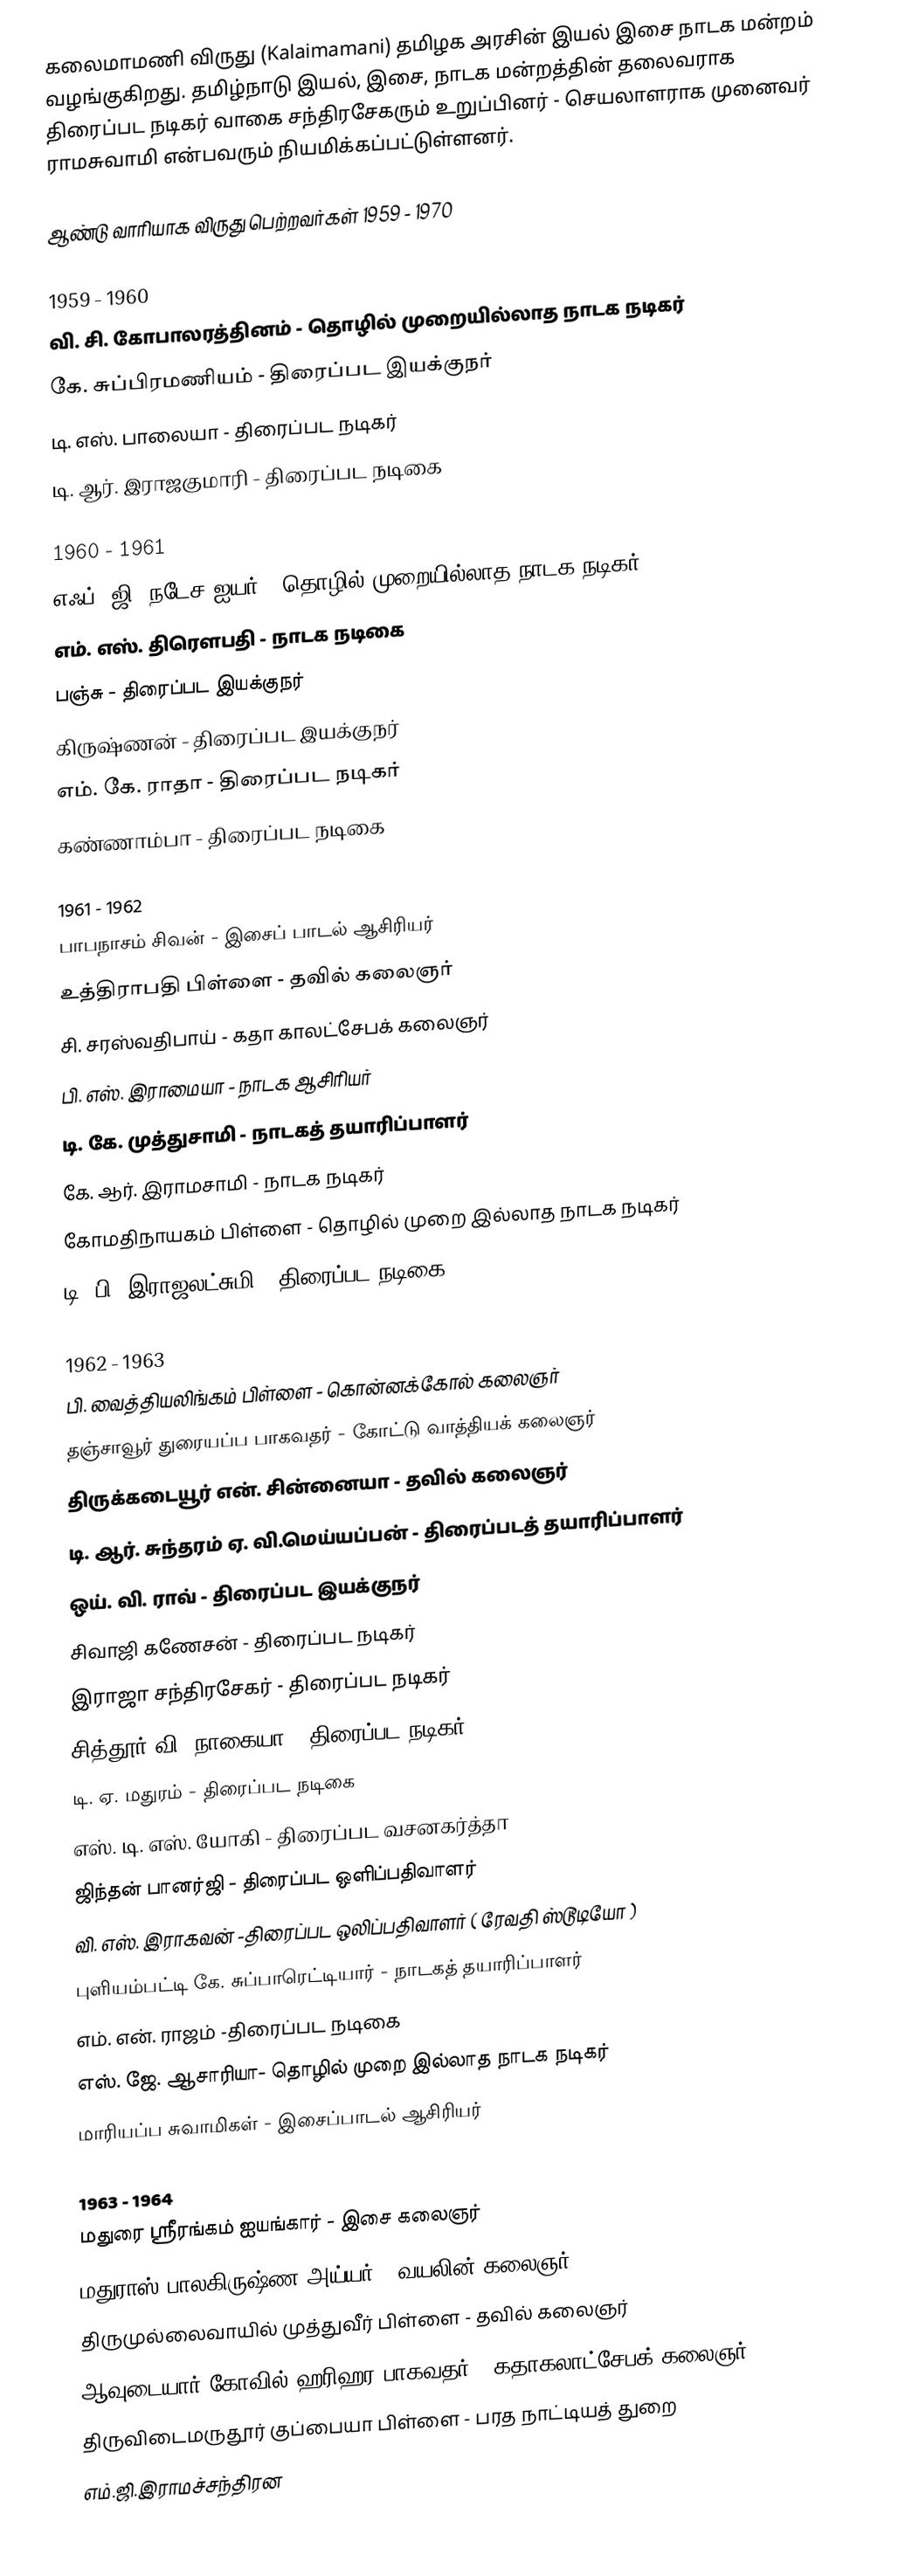
கலைமாமணி விருது (Kalaimamani) தமிழக அரசின் இயல் இசை நாடக மன்றம் வழங்குகிறது. தமிழ்நாடு இயல், இசை, நாடக மன்றத்தின் தலைவராக திரைப்பட நடிகர் வாகை சந்திரசேகரும்  உறுப்பினர் - செயலாளராக முனைவர் ராமசுவாமி என்பவரும் நியமிக்கப்பட்டுள்ளனர்.

ஆண்டு வாரியாக விருது பெற்றவர்கள் 1959 - 1970

1959 - 1960
வி. சி. கோபாலரத்தினம் - தொழில் முறையில்லாத நாடக நடிகர்
கே. சுப்பிரமணியம் - திரைப்பட இயக்குநர்
டி. எஸ். பாலையா - திரைப்பட நடிகர்
டி. ஆர். இராஜகுமாரி - திரைப்பட நடிகை

1960 - 1961
 எஃப். ஜி. நடேச ஐயர் - தொழில் முறையில்லாத நாடக நடிகர்
 எம். எஸ். திரௌபதி - நாடக நடிகை
 பஞ்சு - திரைப்பட இயக்குநர்
 கிருஷ்ணன் - திரைப்பட இயக்குநர்
 எம். கே. ராதா - திரைப்பட நடிகர்
 கண்ணாம்பா - திரைப்பட நடிகை

1961 - 1962
பாபநாசம் சிவன் - இசைப் பாடல் ஆசிரியர்
உத்திராபதி பிள்ளை - தவில் கலைஞர்
சி. சரஸ்வதிபாய் - கதா காலட்சேபக் கலைஞர்
பி. எஸ். இராமையா - நாடக ஆசிரியர்
டி. கே. முத்துசாமி - நாடகத் தயாரிப்பாளர்
கே. ஆர். இராமசாமி - நாடக நடிகர்
கோமதிநாயகம் பிள்ளை - தொழில் முறை இல்லாத நாடக நடிகர்
டி. பி. இராஜலட்சுமி - திரைப்பட நடிகை

1962 - 1963
பி. வைத்தியலிங்கம் பிள்ளை - கொன்னக்கோல் கலைஞர்
தஞ்சாவூர் துரையப்ப பாகவதர் - கோட்டு வாத்தியக் கலைஞர்
திருக்கடையூர் என். சின்னையா - தவில் கலைஞர்
டி. ஆர். சுந்தரம்  ஏ. வி.மெய்யப்பன் - திரைப்படத் தயாரிப்பாளர்
 ஒய். வி. ராவ் - திரைப்பட இயக்குநர்
 சிவாஜி கணேசன் - திரைப்பட நடிகர்
 இராஜா சந்திரசேகர் - திரைப்பட நடிகர்
 சித்தூர் வி. நாகையா - திரைப்பட நடிகர்
 டி. ஏ. மதுரம் - திரைப்பட நடிகை
 எஸ். டி. எஸ். யோகி - திரைப்பட வசனகர்த்தா
 ஜிந்தன் பானர்ஜி  - திரைப்பட ஒளிப்பதிவாளர்
 வி. எஸ். இராகவன் -திரைப்பட ஒலிப்பதிவாளர் ( ரேவதி ஸ்டூடியோ )
 புளியம்பட்டி கே. சுப்பாரெட்டியார் - நாடகத் தயாரிப்பாளர்
 எம். என். ராஜம் -திரைப்பட நடிகை
 எஸ். ஜே. ஆசாரியா- தொழில் முறை இல்லாத நாடக நடிகர்
 மாரியப்ப சுவாமிகள் - இசைப்பாடல் ஆசிரியர்

1963 - 1964
 மதுரை ஸ்ரீரங்கம் ஐயங்கார் - இசை கலைஞர்
 மதுராஸ் பாலகிருஷ்ண அய்யர் - வயலின் கலைஞர்
 திருமுல்லைவாயில் முத்துவீர் பிள்ளை - தவில் கலைஞர்
 ஆவுடையார் கோவில் ஹரிஹர பாகவதர் - கதாகலாட்சேபக் கலைஞர்
 திருவிடைமருதூர் குப்பையா பிள்ளை - பரத நாட்டியத் துறை
 எம்.ஜி.இராமச்சந்திரன